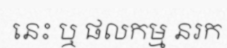
នេះ ឬ ផលកម្ម នរក